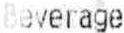
BEVERAGE